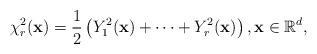
LaTeX: \begin{align*}\chi _{r}^{2}(\mathbf{x})=\frac{1}{2}\left(Y_{1}^{2}(\mathbf{x})+\dots +Y_{r}^{2}(\mathbf{x})\right),\mathbf{x}\in\mathbb{R}^{d}, \end{align*}